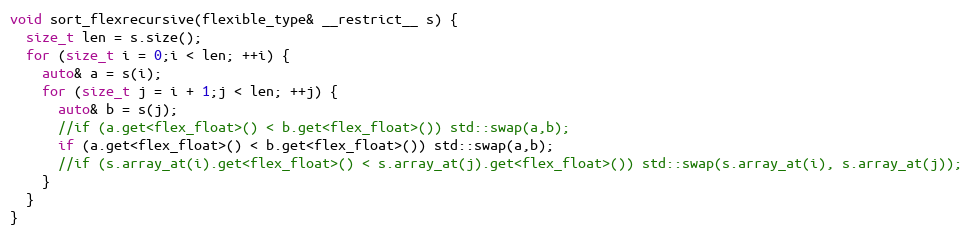
Language: C++
void sort_flexrecursive(flexible_type& __restrict__ s) {
  size_t len = s.size();
  for (size_t i = 0;i < len; ++i) {
    auto& a = s(i);
    for (size_t j = i + 1;j < len; ++j) {
      auto& b = s(j);
      //if (a.get<flex_float>() < b.get<flex_float>()) std::swap(a,b);
      if (a.get<flex_float>() < b.get<flex_float>()) std::swap(a,b);
      //if (s.array_at(i).get<flex_float>() < s.array_at(j).get<flex_float>()) std::swap(s.array_at(i), s.array_at(j));
    }
  }
}